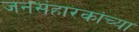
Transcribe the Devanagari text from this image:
जनसंहारकांच्या